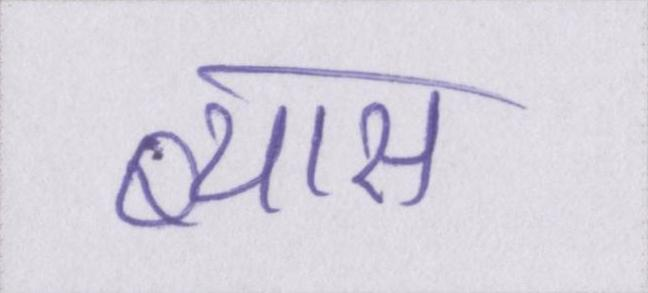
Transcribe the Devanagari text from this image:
ब्यास